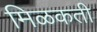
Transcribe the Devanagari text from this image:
मिळकती